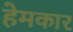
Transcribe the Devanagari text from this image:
हेमकार